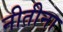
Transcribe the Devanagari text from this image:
नीतीना